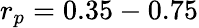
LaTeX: r_{p}=0.35-0.75